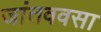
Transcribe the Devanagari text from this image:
जांतववसा